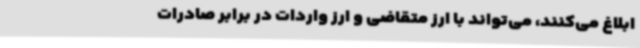
ابلاغ می‌کنند، می‌تواند با ارز متقاضی و ارز واردات در برابر صادرات